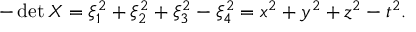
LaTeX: - \operatorname* { d e t } X = \xi _ { 1 } ^ { 2 } + \xi _ { 2 } ^ { 2 } + \xi _ { 3 } ^ { 2 } - \xi _ { 4 } ^ { 2 } = x ^ { 2 } + y ^ { 2 } + z ^ { 2 } - t ^ { 2 } .